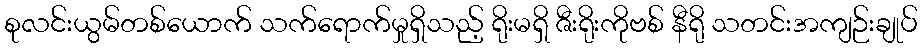
စုလင်းယွမ်တစ်ယောက် သက်ရောက်မှုရှိသည့် ရိုးမရှိ ဇီးရိုးကိုဗစ် နီရို သတင်းအကျဉ်းချုပ်